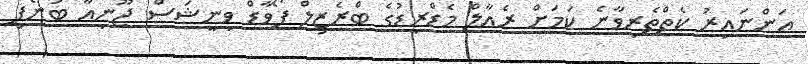
އަންނައިރު ކެތްތެރިވާނެ ކަމަށް ރެއާލް މެޑްރިޑުގެ ބްރެޒިލް ފޯވާޑް ވިނީޝަސް ޖޫނިއާ ބުނެފި